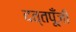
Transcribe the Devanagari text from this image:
दत्तपूँजी